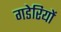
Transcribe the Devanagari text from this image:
गडेरियों